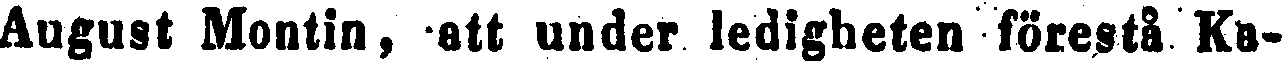
August Montin, att under ledigheten förestå Ka-